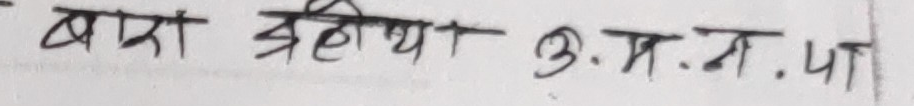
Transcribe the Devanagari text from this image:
बादा श्रेणिया उ.प्र.य.पा